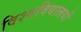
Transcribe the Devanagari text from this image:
विश्‍वविद्यालयों